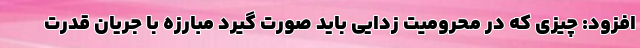
افزود: چیزی که در محرومیت زدایی باید صورت گیرد مبارزه با جریان قدرت